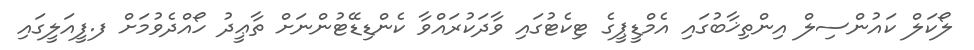
ލޯކަލް ކައުންސިލް އިންތިޚާބުގައި އެމްޑީޕީގެ ޓިކެޓުގައި ވާދަކުރައްވާ ކެންޑިޑޭޓުންނަށް ތާޢީދު ހޯއްދެވުމަށް ފ.ފީއަލީގައި